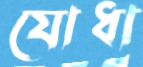
যোধা